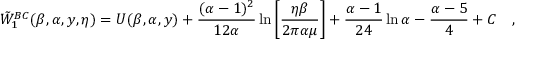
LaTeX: \tilde { W } _ { 1 } ^ { B C } ( \beta , \alpha , y , \eta ) = U ( \beta , \alpha , y ) + { \frac { ( \alpha - 1 ) ^ { 2 } } { 1 2 \alpha } } \ln \left[ { \frac { \eta \beta } { 2 \pi \alpha \mu } } \right] + { \frac { \alpha - 1 } { 2 4 } } \ln \alpha - { \frac { \alpha - 5 } { 4 } } + C ~ ~ ~ ,